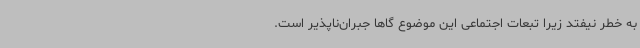
به خطر نیفتد زیرا تبعات اجتماعی این موضوع گاهاً جبران‌ناپذیر است.